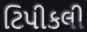
ટિપીકલી